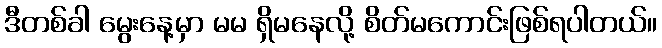
ဒီတစ်ခါ မွေးနေ့မှာ မမ ရှိမနေလို့ စိတ်မကောင်းဖြစ်ရပါတယ်။